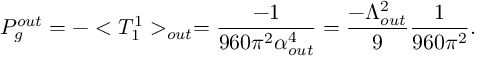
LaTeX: P _ { g } ^ { o u t } = - < T _ { 1 } ^ { 1 } > _ { o u t } = \frac { - 1 } { 9 6 0 \pi ^ { 2 } \alpha _ { o u t } ^ { 4 } } = \frac { - \Lambda _ { o u t } ^ { 2 } } { 9 } \frac { 1 } { 9 6 0 \pi ^ { 2 } } .